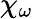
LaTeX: \chi_{\omega}